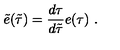
\tilde { e } ( \tilde { \tau } ) = \frac { d \tau } { d \tilde { \tau } } e ( \tau ) \ .